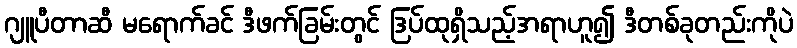
ဂျူပီတာဆီ မရောက်ခင် ဒီဖက်ခြမ်းတွင် ဒြပ်ထုရှိသည့်အရာဟူ၍ ဒီတစ်ခုတည်းကိုပဲ